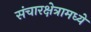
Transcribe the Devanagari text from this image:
संचारक्षेत्रामध्ये